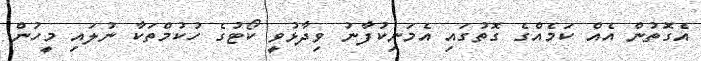
އެގޮތުން އެއް ކަމެއްގެ ގޮތުގައި އެމަނިކުފާނު ވިދާޅުވީ ކޯޓުގެ ހުކުމްތަކާ ނުލައި މީހުން